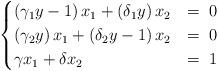
LaTeX: \begin{align*}\begin{cases}\left(\gamma_{1}y-1\right)x_{1}+\left(\delta_{1}y\right)x_{2} & =\;0\\\left(\gamma_{2}y\right)x_{1}+\left(\delta_{2}y-1\right)x_{2} & =\;0\\\gamma x_{1}+\delta x_{2} & =\;1\end{cases}\end{align*}